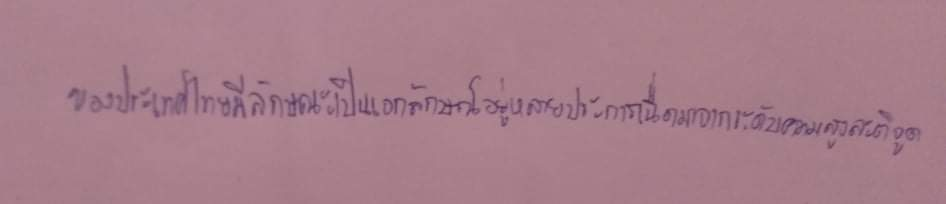
ของประเทศไทยมีลักษณะเป็นเอกลักษณ์อยู่หลายประการเนื่องมาจากระดับความสูงละติจูด